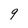
Character: 9